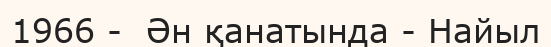
1966 -  Ән қанатында - Найыл